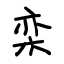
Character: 栾